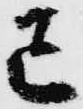
已